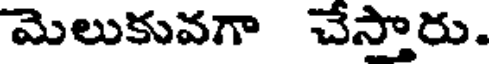
మెలుకువగా చేస్తారు.